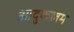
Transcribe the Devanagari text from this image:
आदुकलम